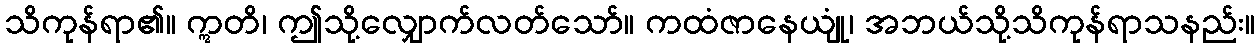
သိကုန်ရာ၏။ ဣတိ၊ ဤသို့လျှောက်လတ်သော်။ ကထံဇာနေယျုံ၊ အဘယ်သို့သိကုန်ရာသနည်း။